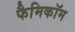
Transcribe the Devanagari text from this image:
फैमिकॉम